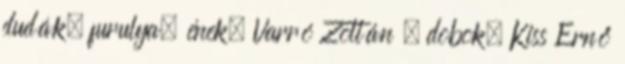
dudák, furulya, ének, Varró Zoltán – dobok, Kiss Ernő